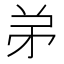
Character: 𬼺